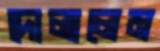
দোলালেম